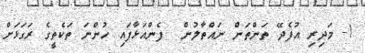
1- މަދިރި އުފެދޭ ތަންތަން ނައްތާލުން  ފެންއަޅާފައި ހުންނަ ތަކެތީގެ ރަގަޅަށް